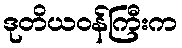
ဒုတိယဝန်ကြီးက